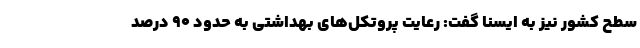
سطح کشور نیز به ایسنا گفت: رعایت پروتکل‌های بهداشتی به حدود ۹۰ درصد